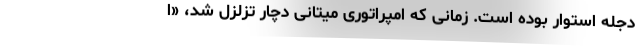
دجله استوار بوده است. زمانی که امپراتوری میتانی دچار تزلزل شد، «ا